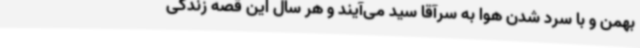
بهمن و با سرد شدن هوا به سرآقا سید می‌آیند و هر سال این قصه زندگی